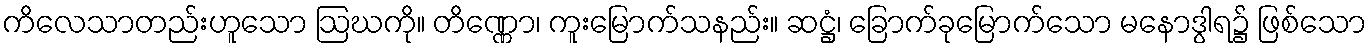
ကိလေသာတည်းဟူသော ဩဃကို။ တိဏ္ဏော၊ ကူးမြောက်သနည်း။ ဆဋ္ဌံ၊ ခြောက်ခုမြောက်သော မနောဒွါရ၌ ဖြစ်သော